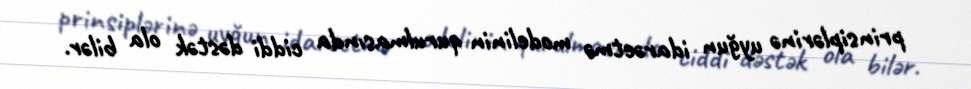
prinsiplərinə uyğun idarəetmə modelinin qurulmasında ciddi dəstək ola bilər.